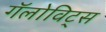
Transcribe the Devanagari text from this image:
गॅलोविट्स